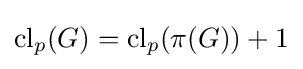
\mathrm {cl} _{p}(G)=\mathrm {cl} _{p}(\pi (G))+1